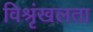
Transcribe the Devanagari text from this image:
विश्रृंखलता